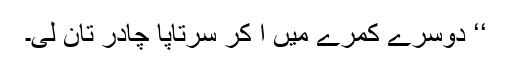
‘‘ دوسرے کمرے میں آ کر سرتاپا چادر تان لی۔